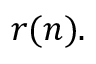
r ( \boldsymbol { n } ) .